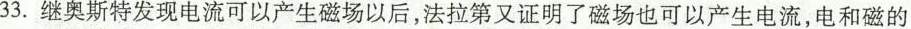
33.继奥斯特发现电流可以产生磁场以后，法拉第又证明了磁场也可以产生电流，电和磁的